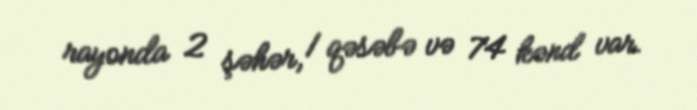
rayonda 2 şəhər, 1 qəsəbə və 74 kənd var.